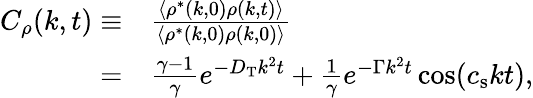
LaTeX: \begin{array}{rl}{C_{\rho}(k,t)\equiv}&{\frac{\langle\rho^{\ast}(k,0)\rho(k,t)\rangle}{\langle\rho^{\ast}(k,0)\rho(k,0)\rangle}}\\ {=}&{\frac{\gamma-1}{\gamma}e^{-D_{\mathrm{T}}k^{2}t}+\frac{1}{\gamma}e^{-\Gamma k^{2}t}\cos(c_{\mathrm{s}}kt),}\end{array}